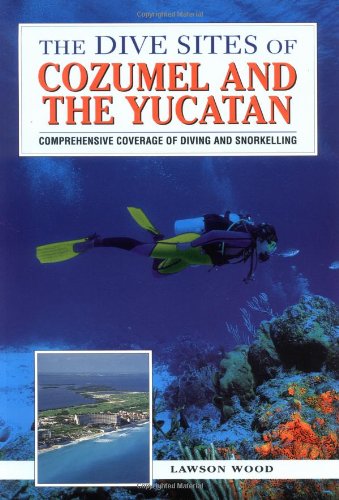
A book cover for The Dive Sites of Cozumel, Cancun and the Mayan Riviera : Comprehensive Coverage of Diving and Snorkeling; Lawson Wood; Travel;